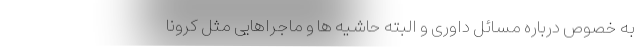
به خصوص درباره مسائل داوری و البته حاشیه ها و ماجراهایی مثل کرونا